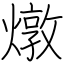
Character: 燉